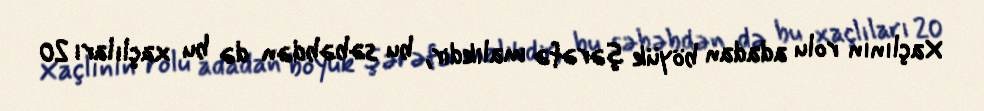
Xaçlının rolu adadan böyük şərəfə malikdir, bu səbəbdən də bu xaçlıları 20